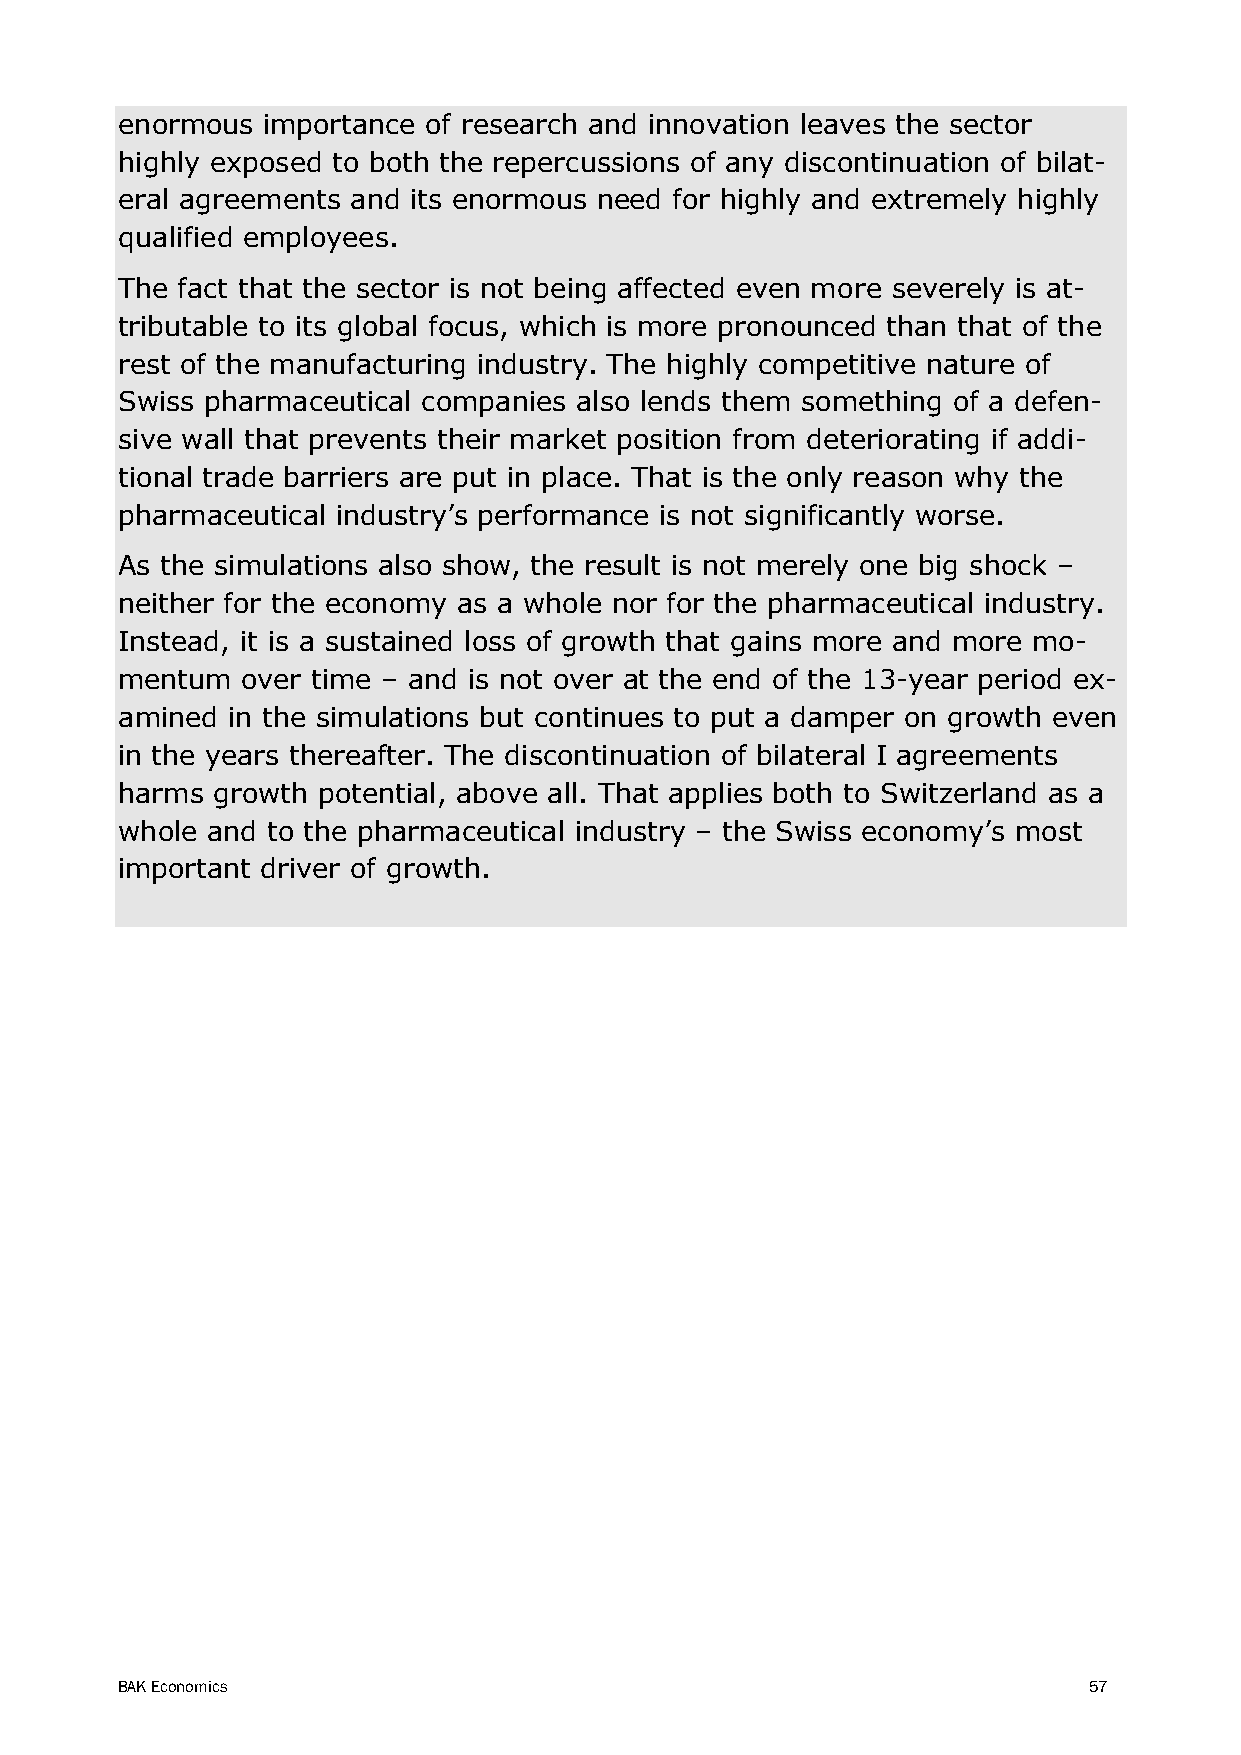
enormous importance of research and innovation leaves the sector
 highly exposed to both the repercussions of any discontinuation of bilat-
 eral agreements and its enormous need for highly and extremely highly
 qualified employees.
 The fact that the sector is not being affected even more severely is at-
 tributable to its global focus, which is more pronounced than that of the
 rest of the manufacturing industry. The highly competitive nature of
 Swiss pharmaceutical companies also lends them something of a defen-
 sive wall that prevents their market position from deteriorating if addi-
 tional trade barriers are put in place. That is the only reason why the
 pharmaceutical industry’s performance is not significantly worse.
 As the simulations also show, the result is not merely one big shock –
 neither for the economy as a whole nor for the pharmaceutical industry.
 Instead, it is a sustained loss of growth that gains more and more mo-
 mentum  over time – and is not over at the end of the 13-year period ex-
 amined in the simulations but continues to put a damper on growth even
 in the years thereafter. The discontinuation of bilateral I agreements
 harms growth potential, above all. That applies both to Switzerland as a
 whole and to the pharmaceutical industry – the Swiss economy’s most
 important driver of growth.
 BAK Economics                                                   57